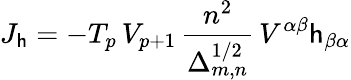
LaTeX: J_{\mathsf{h}}=-T_{p}\, V_{p+1}\, \frac{{n^{2}}}{{\Delta_{m,n}^{1/2}}}\, V^{\alpha\beta}\mathsf{h}_{\beta\alpha}